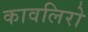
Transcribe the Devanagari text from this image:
कावलिरो